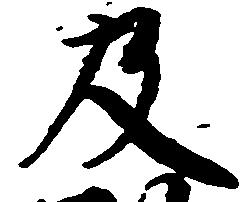
及